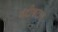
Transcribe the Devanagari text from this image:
नंदीश्वरास